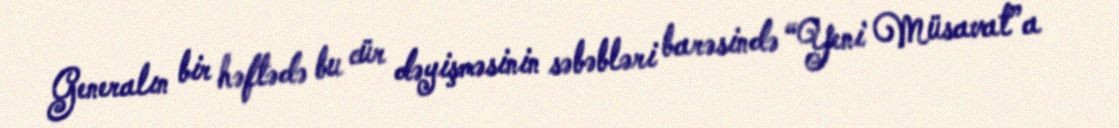
Generalın bir həftədə bu cür dəyişməsinin səbəbləri barəsində “Yeni Müsavat”a